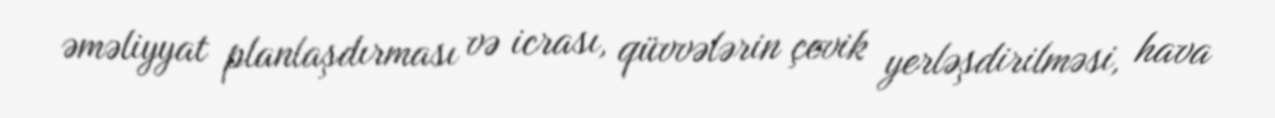
əməliyyat planlaşdırması və icrası, qüvvələrin çevik yerləşdirilməsi, hava